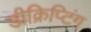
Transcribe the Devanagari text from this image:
डीक्रिप्टिंग